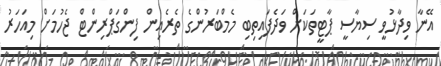
އޭނާ ވިދާޅުވީ ސިޔާސީ ޕާޓީތަކަށް ވަދެފައިތިބި މެމްބަރުންގެ ތެރެއިން ފިންގަޕްރިންޓް ޖެހުމަށް މިއަހަރު